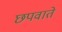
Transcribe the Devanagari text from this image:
छपवाते